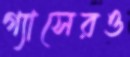
গ্যাসেরও